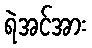
ရဲအင်အား